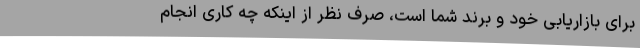
برای بازاریابی خود و برند شما است، صرف نظر از اینکه چه کاری انجام